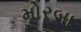
મોરબા